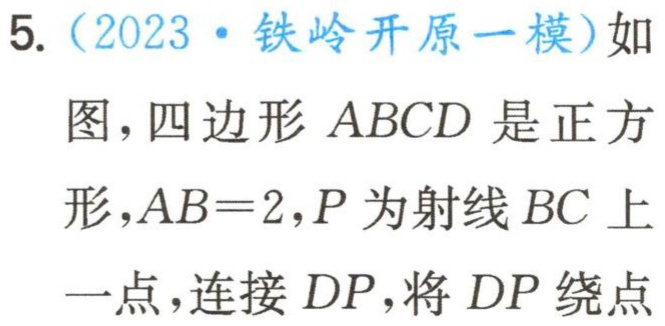
5.（2023·铁岭开原一模）如图，四边形 \(ABCD\) 是正方形，\(AB = 2\)，\(P\) 为射线 \(BC\) 上一点，连接 \(DP\)，将 \(DP\) 绕点